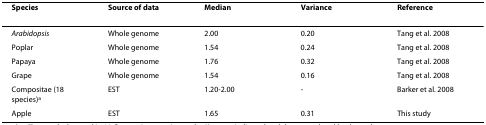
| Species | Source of data | Median | Variance | Reference |
 | --- | --- | --- | --- | --- |
 | Arabidopsis | Whole genome | 2.00 | 0.20 | Tang et al. 2008 |
 | Poplar | Whole genome | 1.54 | 0.24 | Tang et al. 2008 |
 | Papaya | Whole genome | 1.76 | 0.32 | Tang et al. 2008 |
 | Grape | Whole genome | 1.54 | 0.16 | Tang et al. 2008 |
 | Compositae (18 species)a | EST | 1.20-2.00 | - | Barker et al. 2008 |
 | Apple | EST | 1.65 | 0.31 | This study |